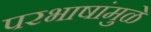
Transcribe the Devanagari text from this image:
परभाषांमुळे